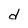
Character: d